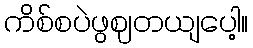
ကိစ်စပဲဖွဈတယျပေါ့။